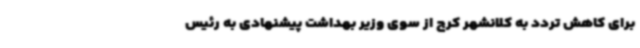
برای کاهش تردد به کلانشهر کرج از سوی وزیر بهداشت پیشنهادی به رئیس